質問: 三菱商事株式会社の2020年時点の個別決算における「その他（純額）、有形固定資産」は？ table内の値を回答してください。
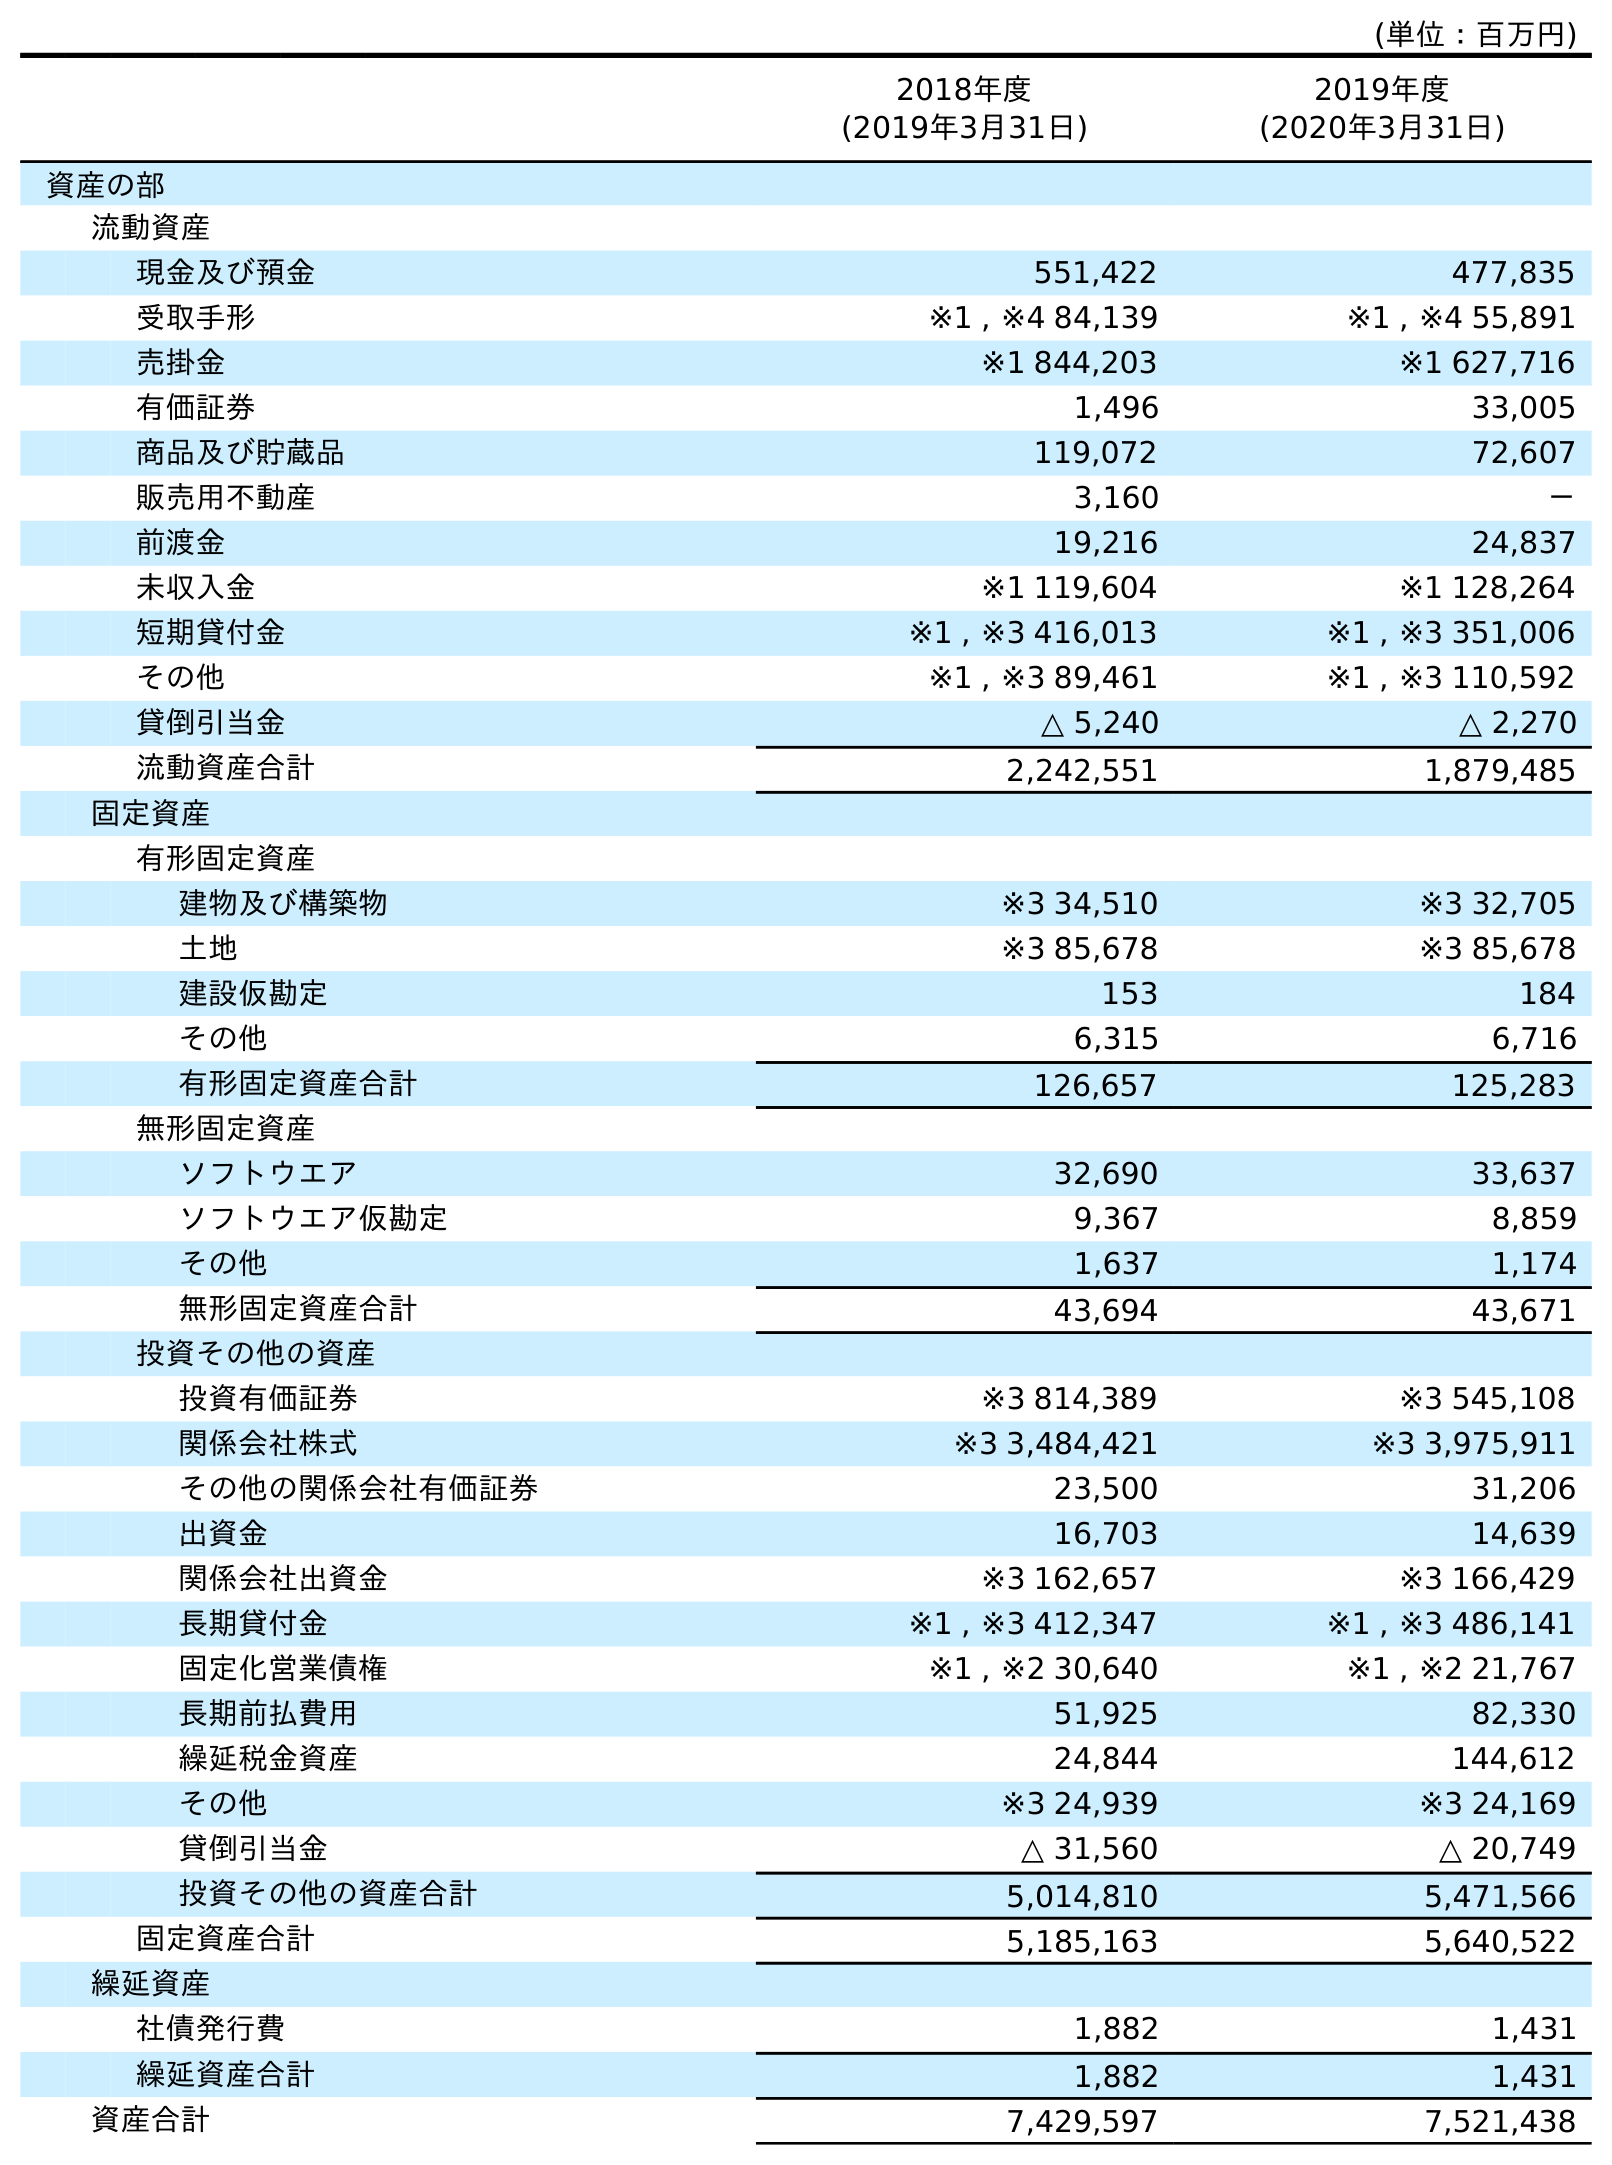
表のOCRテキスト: (単位：百万円) 2018年度 (2019年3月31日) 2019年度 (2020年3月31日) 資産の部 流動資産 現金及び預金 551,422 477,835 受取手形 ※1 , ※4 84,139 ※1 , ※4 55,891 売掛金 ※1 844,203 ※1 627,716 有価証券 1,496 33,005 商品及び貯蔵品 119,072 72,607 販売用不動産 3,160 － 前渡金 19,216 24,837 未収入金 ※1 119,604 ※1 128,264 短期貸付金 ※1 , ※3 416,013 ※1 , ※3 351,006 その他 ※1 , ※3 89,461 ※1 , ※3 110,592 貸倒引当金 △ 5,240 △ 2,270 流動資産合計 2,242,551 1,879,485 固定資産 有形固定資産 建物及び構築物 ※3 34,510 ※3 32,705 土地 ※3 85,678 ※3 85,678 建設仮勘定 153 184 その他 6,315 6,716 有形固定資産合計 126,657 125,283 無形固定資産 ソフトウエア 32,690 33,637 ソフトウエア仮勘定 9,367 8,859 その他 1,637 1,174 無形固定資産合計 43,694 43,671 投資その他の資産 投資有価証券 ※3 814,389 ※3 545,108 関係会社株式 ※3 3,484,421 ※3 3,975,911 その他の関係会社有価証券 23,500 31,206 出資金 16,703 14,639 関係会社出資金 ※3 162,657 ※3 166,429 長期貸付金 ※1 , ※3 412,347 ※1 , ※3 486,141 固定化営業債権 ※1 , ※2 30,640 ※1 , ※2 21,767 長期前払費用 51,925 82,330 繰延税金資産 24,844 144,612 その他 ※3 24,939 ※3 24,169 貸倒引当金 △ 31,560 △ 20,749 投資その他の資産合計 5,014,810 5,471,566 固定資産合計 5,185,163 5,640,522 繰延資産 社債発行費 1,882 1,431 繰延資産合計 1,882 1,431 資産合計 7,429,597 7,521,438
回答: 6,716